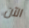
الآن